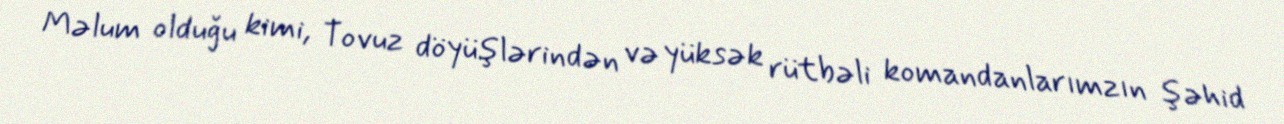
Məlum olduğu kimi, Tovuz döyüşlərindən və yüksək rütbəli komandanlarımzın şəhid